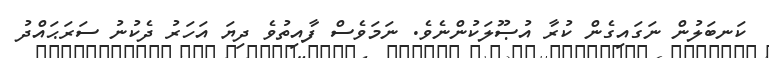
ކަނބަލުން ނަގައިގެން ކުރާ އުޞޫލަކުންނެވެ. ނަމަވެސް ފާއިތުވެ ދިޔަ އަހަރު ދެކުނު ސަރަޙައްދު